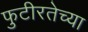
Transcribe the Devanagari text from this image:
फुटीरतेच्या